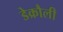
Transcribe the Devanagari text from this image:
डेक्रौली